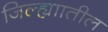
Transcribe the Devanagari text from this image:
जिल्ह्याातील